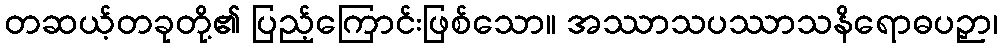
တဆယ့်တခုတို့၏ ပြည့်ကြောင်းဖြစ်သော။ အဿာသပဿာသနိရောဓပဉှာ၊